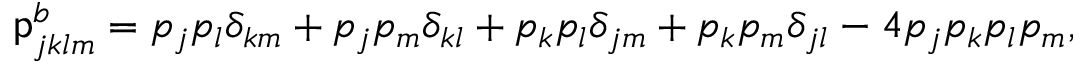
\mathsf { p } _ { j k l m } ^ { b } = p _ { j } p _ { l } \delta _ { k m } + p _ { j } p _ { m } \delta _ { k l } + p _ { k } p _ { l } \delta _ { j m } + p _ { k } p _ { m } \delta _ { j l } - 4 p _ { j } p _ { k } p _ { l } p _ { m } ,